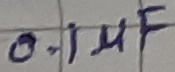
Text: 0.1µF